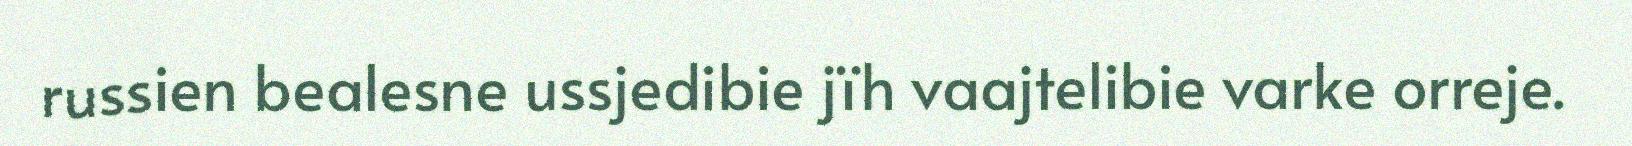
russien bealesne ussjedibie jïh vaajtelibie varke orreje.